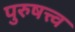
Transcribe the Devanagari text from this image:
पुरुषत्त्व